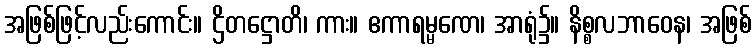
အဖြစ်ဖြင့်လည်းကောင်း။ ဌိတဋ္ဌောတိ၊ ကား။ ဧကာရမ္မဏေ၊ အာရုံ၌။ နိစ္စလဘာဝေန၊ အဖြစ်